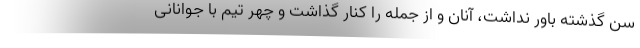
سن گذشته باور نداشت، آنان و از جمله را کنار گذاشت و چهر تیم با جوانانی